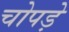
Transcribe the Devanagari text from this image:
चोपड़े